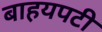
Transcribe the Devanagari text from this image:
बाहयपटी